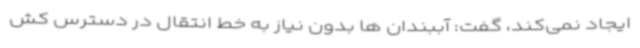
ایجاد نمی‌کند، گفت: آببندان ها بدون نیاز به خط انتقال در دسترس کش